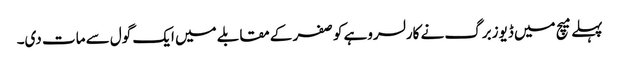
پہلے میچ میں ڈیوزبرگ نے کارلسروہے کو صفر کے مقابلے میں ایک گول سے مات دی۔